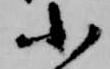
小